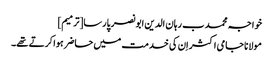
خواجہ محمد ب رہان الدین ابو نصر پارسا[ترمیم]
مولانا جامی اکثر اِن کی خدمت میں حاضر ہوا کرتے تھے۔